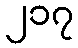
၂၁၇